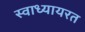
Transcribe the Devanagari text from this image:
स्वाध्यायरत